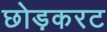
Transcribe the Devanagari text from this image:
छोड़करट